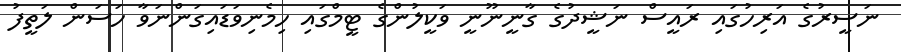
ނަސީރުގެ އަރިހުގައި ރައީސް ނަޝީދުގެ ގާނީނޫނީ ވަކީލުންގެ ޓީމްގައި ހިމެނިވަޑައިގަންނަވާ ހަސަން ލަތީފު